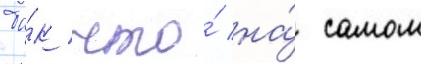
Та́к что́ на́ самом